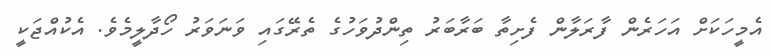
އެމީހަކަށް އަހަރެން ފާރަލާން ފެށިތާ ބަރާބަރު ތިންދުވަހުގެ ތެރޭގައި ވަނަވަރު ހޯދާލީމެވެ. އެކުއްޖަކީ